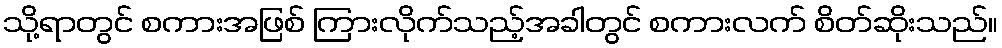
သို့ရာတွင် စကားအဖြစ် ကြားလိုက်သည့်အခါတွင် စကားလက် စိတ်ဆိုးသည်။